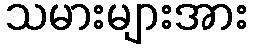
သမားများအား